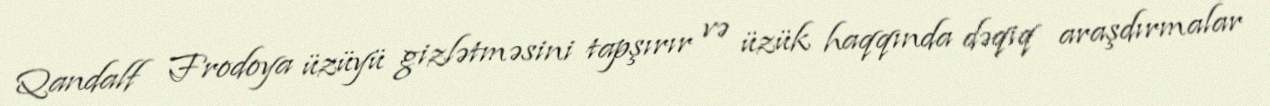
Qandalf Frodoya üzüyü gizlətməsini tapşırır və üzük haqqında dəqiq araşdırmalar